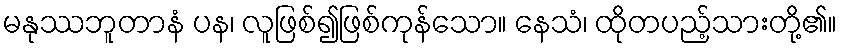
မနုဿဘူတာနံ ပန၊ လူဖြစ်၍ဖြစ်ကုန်သော။ နေသံ၊ ထိုတပည့်သားတို့၏။